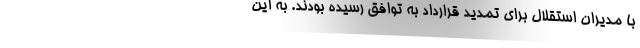
با مدیران استقلال برای تمدید قرارداد به توافق رسیده بودند. به این